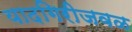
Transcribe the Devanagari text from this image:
यादगिरीजवळ